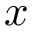
x